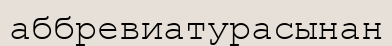
аббревиатурасынан